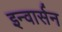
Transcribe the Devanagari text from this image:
इन्वार्सन